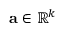
\mathbf { a } \in \mathbb { R } ^ { k }